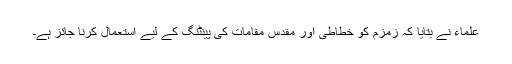
علماء نے بتایا کہ زمزم کو خطاطی اور مقدس مقامات کی پینٹنگ کے لیے استعمال کرنا جائز ہے۔